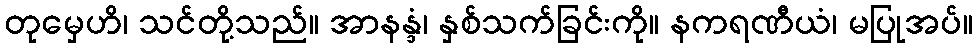
တုမှေဟိ၊ သင်တို့သည်။ အာနန္ဒံ၊ နှစ်သက်ခြင်းကို။ နကရဏီယံ၊ မပြုအပ်။